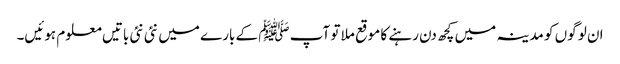
ا ن لو گوں کو مدینہ میں کچھ دن رہنے کا موقع ملا تو آپ ﷺ کے بارے میں نئی نئی باتیں معلوم ہوئیں۔